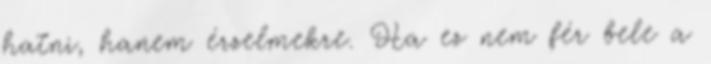
hatni, hanem érzelmekre. Ha ez nem fér bele a